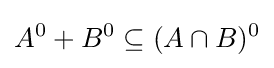
A^{0}+B^{0}\subseteq (A\cap B)^{0}